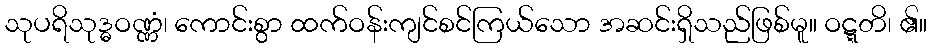
သုပရိသုဒ္ဓဝဏ္ဏံ၊ ကောင်းစွာ ထက်ဝန်းကျင်စင်ကြယ်သော အဆင်းရှိသည်ဖြစ်မူ။ ဝဋ္ဋတိ၊ ၏။